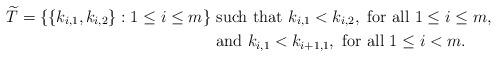
LaTeX: \begin{align*} \widetilde{T} =\{ \{ k_{i,1}, k_{i,2} \} : 1 \le i \le m \}&\mbox{ such that } k_{i,1} < k_{i,2}, \mbox{ for all } 1\le i \le m, \\ &\mbox{ and } k_{i,1} < k_{i+1,1}, \mbox{ for all } 1\le i <m. \end{align*}